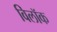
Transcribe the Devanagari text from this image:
विलॉक